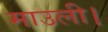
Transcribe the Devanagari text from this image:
माउली।